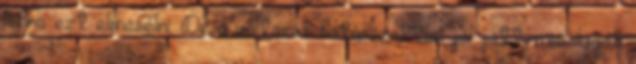
lenne ezt elmesélni. De a változás határozottan jól jött.-mosolygok